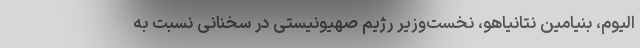
الیوم، بنیامین نتانیاهو، نخست‌وزیر رژیم صهیونیستی در سخنانی نسبت به